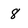
Character: 8